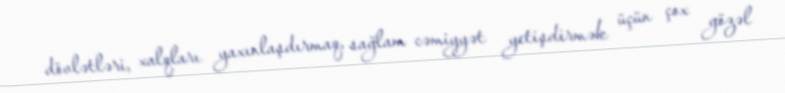
dövlətləri, xalqları yaxınlaşdırmaq, sağlam cəmiyyət yetişdirmək üçün çox gözəl